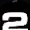
Digit: 2